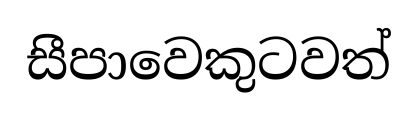
සීපාවෙකුටවත්